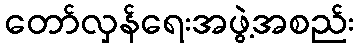
တော်လှန်ရေးအဖွဲ့အစည်း